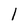
Character: l